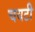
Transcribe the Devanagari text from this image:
चयटी